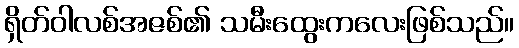
ရှိတ်ဝါလစ်အဇစ်၏ သမီးထွေးကလေးဖြစ်သည်။